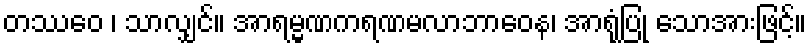
တဿေဝ ၊ သာလျှင်။ အာရမ္မဏကရဏမလာဘာဝေန၊ အာရုံပြု သောအားဖြင့်။